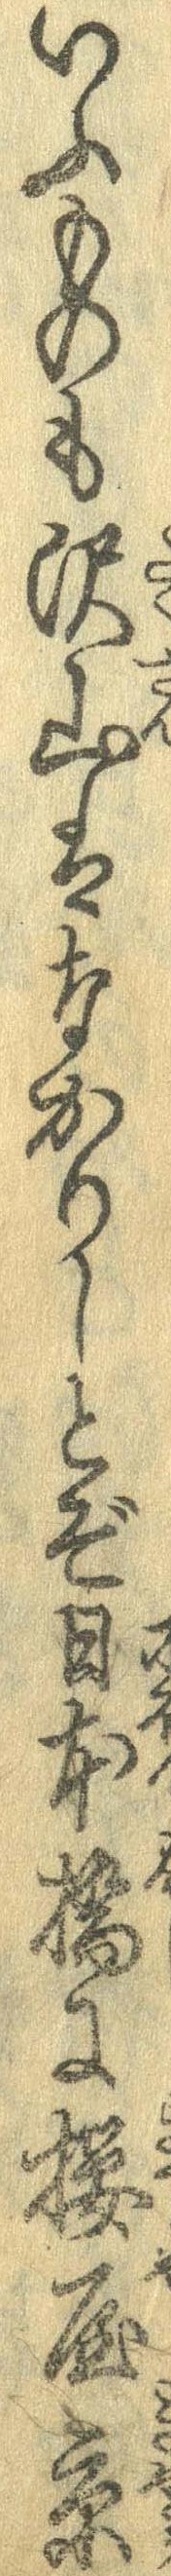
いふものも沢山はなかりしとぞ日本橋に桜屋京